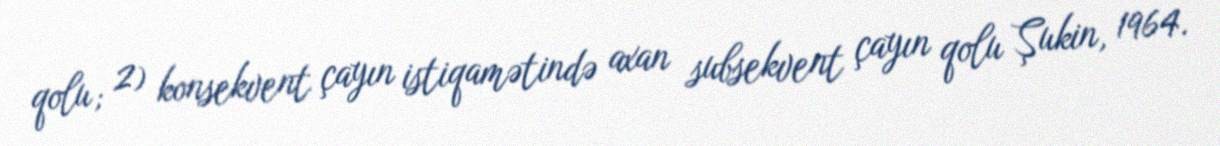
qolu; 2) konsekvent çayın istiqamətində axan subsekvent çayın qolu Şukin, 1964.